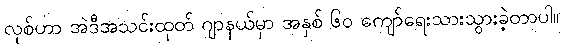
လုစ်ဟာ အဲဒီအသင်းထုတ် ဂျာနယ်မှာ အနှစ် ၆၀ ကျော်ရေးသားသွားခဲ့တာပါ။